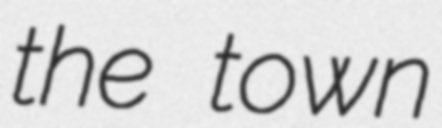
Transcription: the town